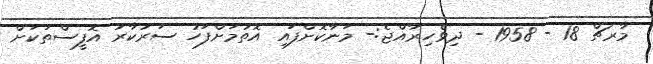
މާރޗް 18 - 1958 - ދިވެހިރާއްޖެ:- މަނާކޮށްފައި އޮތުމަށްފަހު ސަރުކާރު އޮފީސްތަކަށް